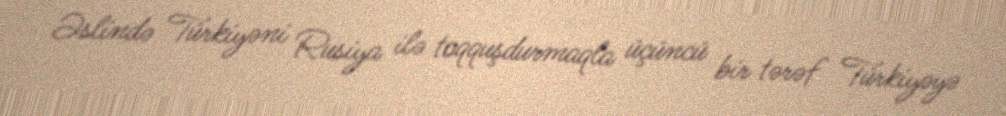
Əslində Türkiyəni Rusiya ilə toqquşdurmaqla üçüncü bir tərəf Türkiyəyə